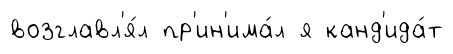
возглавл'я́л пр'ин'има́л я канд'ида́т